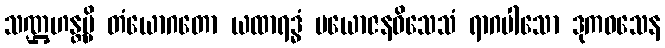
သဏ္ဌဟန္တမ္ပိ တံယောဂတော ယထာရဒ္ဓံ ပယောဇနဝိသေသံ ရာဂပါသော ဒုကဝသေန